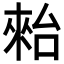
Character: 𣖤